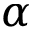
\alpha